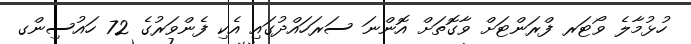
ހުޅުމާލެ ވޯޓަރ ފްރަންޓަށް ވާގޮތަށް އޮންނަ ސަރަހައްދުގައި އެކި ފެންވަރުގެ 72 ހައުސިންގ